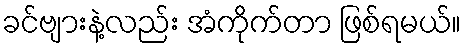
ခင်ဗျားနဲ့လည်း အံကိုက်တာ ဖြစ်ရမယ်။